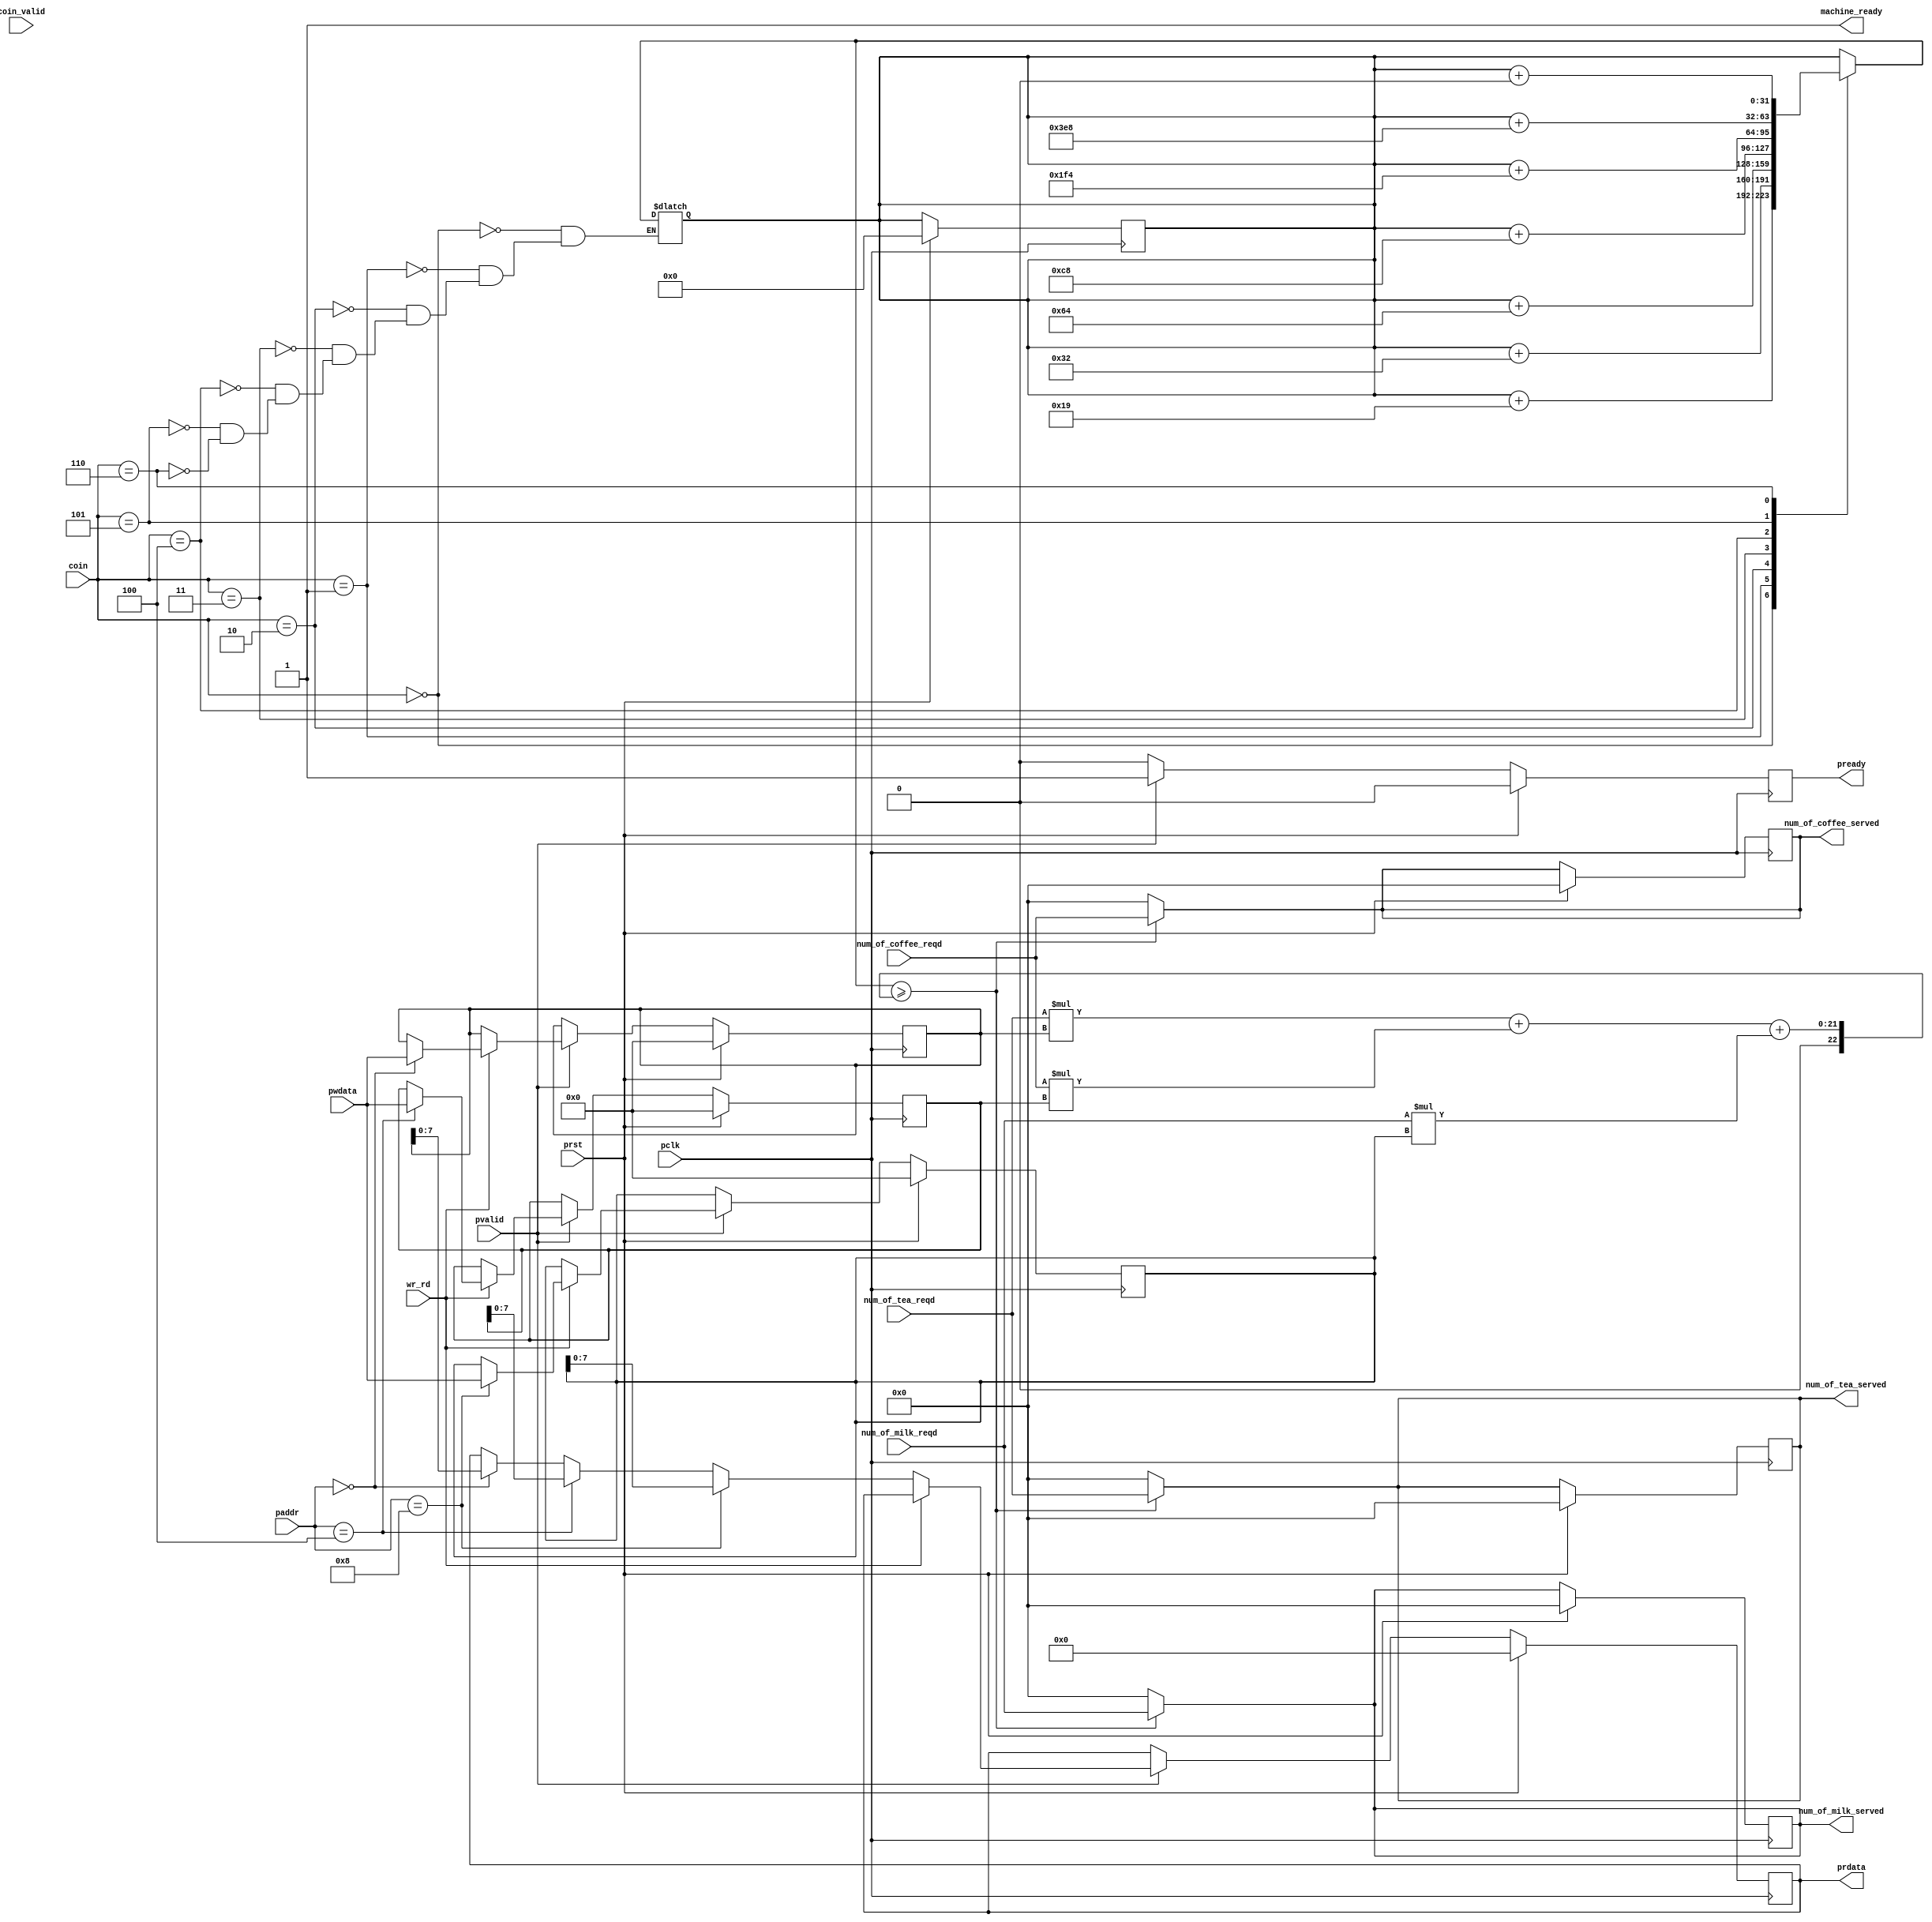
module vending_machine(pclk,prst,pvalid,pready,paddr,pwdata,prdata,wr_rd,coin,coin_valid,num_of_tea_reqd,num_of_milk_reqd,num_of_coffee_reqd,num_of_tea_served,num_of_coffee_served,num_of_milk_served,machine_ready);

input pclk, prst, coin_valid;
input [2:0] coin;
input pvalid, wr_rd;
input [15:0] paddr;
input [15:0] pwdata;
output reg pready;
output reg [7:0] prdata;
output reg machine_ready;
output reg [3:0] num_of_tea_served;
output reg [3:0] num_of_coffee_served;
output reg [3:0] num_of_milk_served;

integer cost_of_products;
input [3:0] num_of_tea_reqd;
input [3:0] num_of_coffee_reqd;
input [3:0] num_of_milk_reqd;
integer total_amount_collected;
integer balance_amount;
integer remaining_money_to_insert;
reg [15:0] tea_cost;
reg [15:0] milk_cost;
reg [15:0] coffee_cost;

parameter PS25 = 3'b000;
parameter PS50 = 3'b001;
parameter RS1 = 3'b010;
parameter RS2 = 3'b011;
parameter RS5 = 3'b100;
parameter RS10 = 3'b101;
parameter INVALID = 3'b110;

always @ (posedge pclk) begin
	if (prst == 1) begin
		pready = 0;
		prdata = 0;
		machine_ready = 0;
		total_amount_collected = 0;
		num_of_tea_served = 0;
		num_of_coffee_served = 0;
		num_of_milk_served = 0;
		balance_amount = 0;
		remaining_money_to_insert = 0;
		tea_cost = 0;
		milk_cost = 0;
		coffee_cost = 0;
	end
	else begin
		if (pvalid == 1)
		begin
			pready = 1;
			if (wr_rd == 1)
//writing to registers for setting cost of products.
			begin
				if (paddr == 16'h00) tea_cost = pwdata;
				if (paddr == 16'h04) coffee_cost = pwdata;
				if (paddr == 16'h08) milk_cost = pwdata;
		        end
			else begin
				if (paddr == 16'h00) prdata = tea_cost;
				if (paddr == 16'h04) prdata = coffee_cost;
				if (paddr == 16'h08) prdata = milk_cost;
			end
		end
		else begin
			pready = 0;
		end
	end
end
// design to determine cost of an order and deliver it.
always @ (coin) begin
		machine_ready = 1;
		cost_of_products = (num_of_tea_reqd*tea_cost)+(num_of_coffee_reqd*coffee_cost)+(num_of_milk_reqd*milk_cost);
		$display("Bill Amount =%d", cost_of_products);
		case(coin)
			PS25 : begin
				total_amount_collected = total_amount_collected + 16'd25;
			end
			PS50 : begin
				total_amount_collected = total_amount_collected + 16'd50;
			end
			RS1 : begin
				total_amount_collected = total_amount_collected + 16'd100;
			end
			RS2 : begin
				total_amount_collected = total_amount_collected + 16'd200;
			end
			RS5 : begin
				total_amount_collected = total_amount_collected + 16'd500;
			end
			RS10 : begin
				total_amount_collected = total_amount_collected + 16'd1000;
			end
			INVALID : begin
				total_amount_collected = total_amount_collected + 16'd0;
			end
		endcase
			
		if (total_amount_collected >= cost_of_products) 
		begin
			num_of_tea_served = num_of_tea_reqd;
			num_of_coffee_served = num_of_coffee_reqd;
			num_of_milk_served = num_of_milk_reqd;
			balance_amount = total_amount_collected - cost_of_products;
			$display("Please Collect The Products, Balance Amount =%d", balance_amount);
		end	
		else begin
			num_of_tea_served = 0;
			num_of_coffee_served = 0;
			num_of_milk_served = 0;
			remaining_money_to_insert = cost_of_products - total_amount_collected;
			$display("Amount Insufficient, Money To Be Inserted =%d", remaining_money_to_insert);
		end
end
endmodule